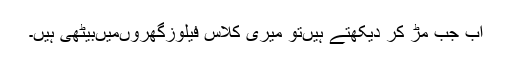
اب جب مڑ کر دیکھتے ہیں‌تو میری کلاس فیلوزگھروں‌میں‌بیٹھی ہیں۔